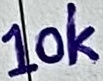
Text: 10K